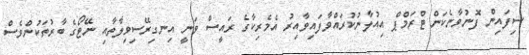
ސިފައިން ފޮނުވާނެކަން ޓްރަމްޕް އިއުލާނުކުރައްވާފައިވާއިރު އެމެރިކާގެ ރައީސް ވަނީ އިނގިރޭސިވިލާތާއި ނޭޓޯގެ ބާރުތަކުންވެސް